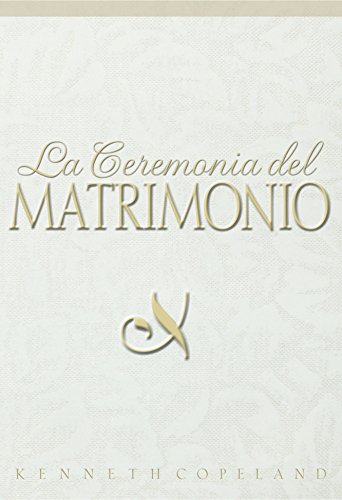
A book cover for La Ceremonia del Matrimonio (Ceremony of Marriage); Kenneth Copeland; Crafts, Hobbies & Home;